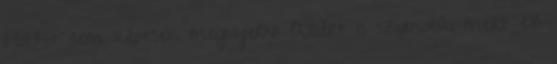
HoH-t sem képesek megnyerni: Azért is szomorú, mert ez